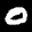
Label: 0